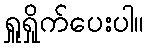
ရှူရှိုက်ပေးပါ။